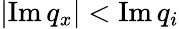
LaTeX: \left|\operatorname{Im}{{q}_{x}}\right|<\operatorname{Im}{{q}_{i}}